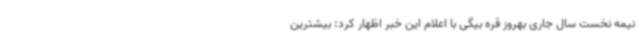
نیمه نخست سال جاری بهروز قره بیگی با اعلام این خبر اظهار کرد: بیشترین